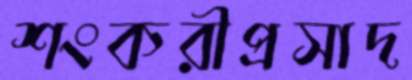
শংকরীপ্রসাদ